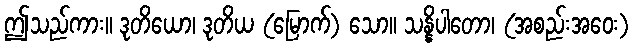
ဤသည်ကား။ ဒုတိယော၊ ဒုတိယ (မြောက်) သော။ သန္နိပါတော၊ (အစည်းအဝေး)